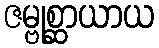
ဇမ္ဗုစ္ဆာယာယ